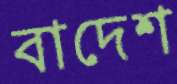
বাদেশ